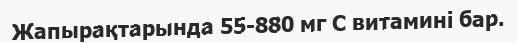
Жапырақтарында 55-880 мг С витамині бар.